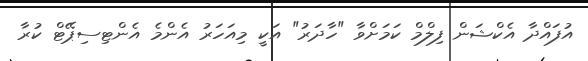
އުފައްދާ އެކްޝަން ފިލްމް ކަމަށްވާ "ހާދަރު" އަކީ މިއަހަރު އެންމެ އެންޓިސިޕޭޓް ކުރާ